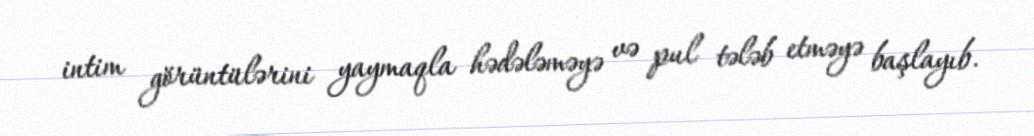
intim görüntülərini yaymaqla hədələməyə və pul tələb etməyə başlayıb.